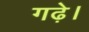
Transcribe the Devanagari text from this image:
गढ़े।